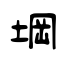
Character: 堈